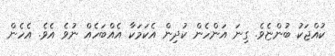
ކުއްޖަކު ބުންޏެވެ. ގިނަ އަންހެން ކުދިން އެކަމަކާ އެއްބަހެއް ނުވެ އެވެ. އެހެން